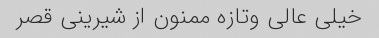
خیلی عالی وتازه ممنون از شیرینی قصر